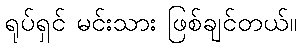
ရုပ်ရှင် မင်းသား ဖြစ်ချင်တယ်။